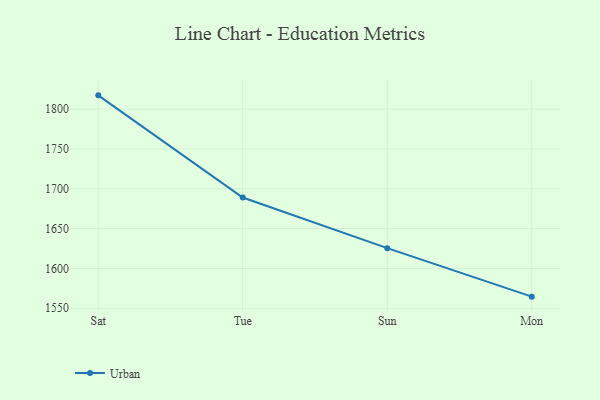
{"axis": {"x": "Day", "y": "Budget (USD K)"}, "legend": ["Urban"], "data": [{"x": "Sat", "y": 1817.3, "type": "Urban"}, {"x": "Tue", "y": 1689.0, "type": "Urban"}, {"x": "Sun", "y": 1625.5, "type": "Urban"}, {"x": "Mon", "y": 1564.6, "type": "Urban"}]}